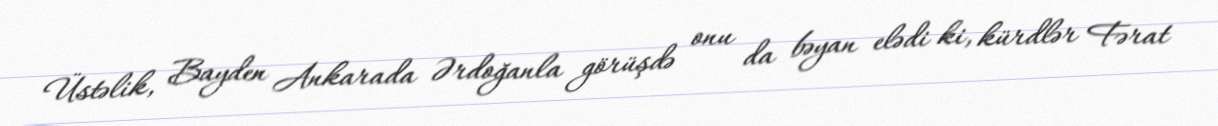
Üstəlik, Bayden Ankarada Ərdoğanla görüşdə onu da bəyan elədi ki, kürdlər Fərat